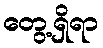
တွေ့ရှိရာ